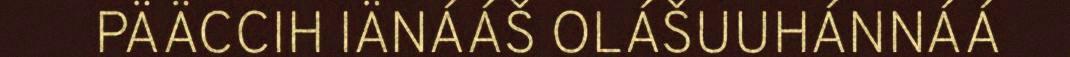
PÄÄCCIH IÄNÁÁŠ OLÁŠUUHÁNNÁÁ